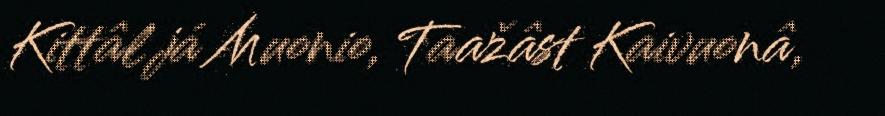
Kittâl já Muonio, Taažâst Kaivuonâ,